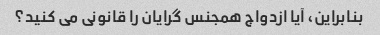
بنابراین، آیا ازدواج همجنس گرایان را قانونی می کنید؟